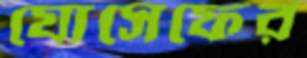
যোসেফের